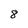
Character: 8